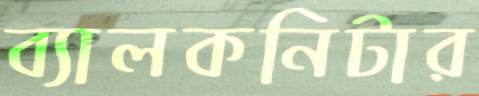
ব্যালকনিটার